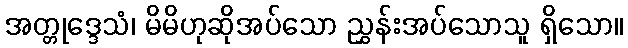
အတ္တုဒ္ဒေသံ၊ မိမိဟုဆိုအပ်သော ညွှန်းအပ်သောသူ ရှိသော။